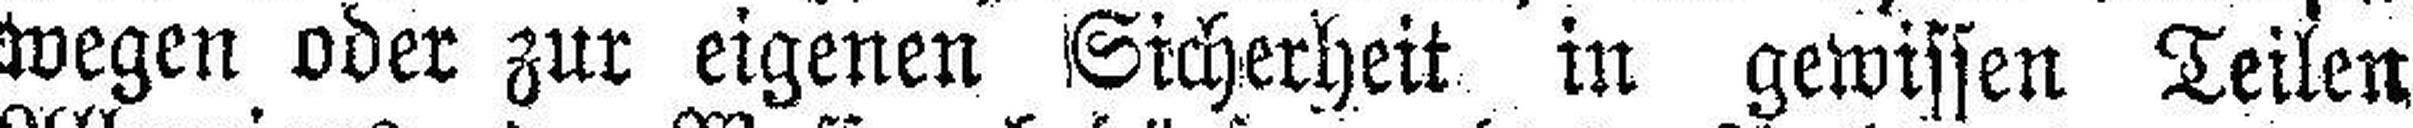
wegen oder zur eigenen Sicherheit in gewissen Teilen